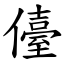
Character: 儓